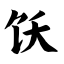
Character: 饫